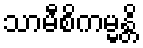
သာမီစိကမ္မန္တိ